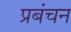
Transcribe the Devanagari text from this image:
प्रबंचन